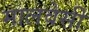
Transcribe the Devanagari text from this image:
मालवेसी